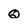
Character: Q